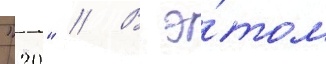
"20" // В э́том